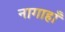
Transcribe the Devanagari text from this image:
नागाहाँ